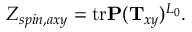
Z _ { s p i n , a x y } = \mathrm { t r } { \bf P } ( { \bf T } _ { x y } ) ^ { L _ { 0 } } .